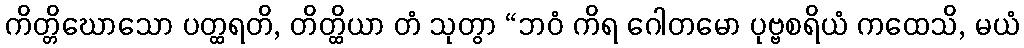
ကိတ္တိဃောသော ပတ္ထရတိ, တိတ္ထိယာ တံ သုတွာ “ဘဝံ ကိရ ဂေါတမော ပုဗ္ဗစရိယံ ကထေသိ, မယံ